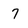
Character: 7